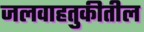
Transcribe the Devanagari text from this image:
जलवाहतुकीतील